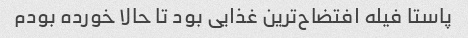
پاستا فیله افتضاح‌ترین غذایی بود تا حالا خورده بودم